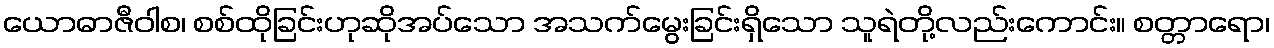
ယောဓာဇီဝါစ၊ စစ်ထိုခြင်းဟုဆိုအပ်သော အသက်မွေးခြင်းရှိသော သူရဲတို့လည်းကောင်း။ စတ္တာရော၊